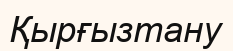
Қырғызтану